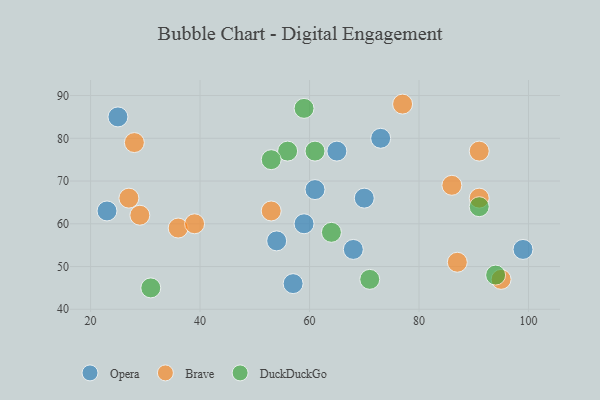
{"axis": {"x": "GDP", "y": "Life Expectancy"}, "legend": ["Brave", "DuckDuckGo", "Opera"], "data": [{"x": "65", "y": 77, "type": "Opera"}, {"x": "59", "y": 60, "type": "Opera"}, {"x": "61", "y": 68, "type": "Opera"}, {"x": "99", "y": 54, "type": "Opera"}, {"x": "70", "y": 66, "type": "Opera"}, {"x": "54", "y": 56, "type": "Opera"}, {"x": "57", "y": 46, "type": "Opera"}, {"x": "25", "y": 85, "type": "Opera"}, {"x": "68", "y": 54, "type": "Opera"}, {"x": "23", "y": 63, "type": "Opera"}, {"x": "73", "y": 80, "type": "Opera"}, {"x": "91", "y": 66, "type": "Brave"}, {"x": "91", "y": 77, "type": "Brave"}, {"x": "87", "y": 51, "type": "Brave"}, {"x": "95", "y": 47, "type": "Brave"}, {"x": "29", "y": 62, "type": "Brave"}, {"x": "36", "y": 59, "type": "Brave"}, {"x": "39", "y": 60, "type": "Brave"}, {"x": "28", "y": 79, "type": "Brave"}, {"x": "27", "y": 66, "type": "Brave"}, {"x": "86", "y": 69, "type": "Brave"}, {"x": "53", "y": 63, "type": "Brave"}, {"x": "77", "y": 88, "type": "Brave"}, {"x": "59", "y": 87, "type": "DuckDuckGo"}, {"x": "31", "y": 45, "type": "DuckDuckGo"}, {"x": "94", "y": 48, "type": "DuckDuckGo"}, {"x": "61", "y": 77, "type": "DuckDuckGo"}, {"x": "64", "y": 58, "type": "DuckDuckGo"}, {"x": "71", "y": 47, "type": "DuckDuckGo"}, {"x": "56", "y": 77, "type": "DuckDuckGo"}, {"x": "53", "y": 75, "type": "DuckDuckGo"}, {"x": "91", "y": 64, "type": "DuckDuckGo"}]}